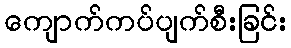
ကျောက်ကပ်ပျက်စီးခြင်း